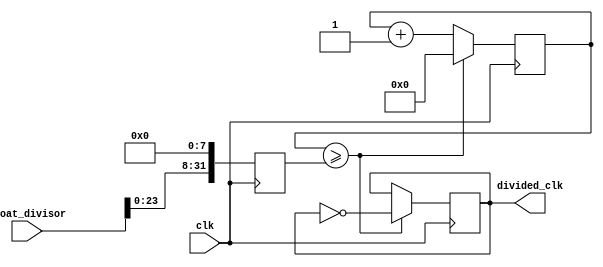
module floating_point_clock_divider (
    input wire clk,
    input wire [31:0] float_divisor,
    output reg divided_clk
);

reg [31:0] count;
reg [31:0] scaled_divisor;

always @(posedge clk) begin
    // Scale floating point divisor to integer value
    scaled_divisor <= float_divisor << 8; // Shift left by 8 bits for fractional part
    
    if (count >= scaled_divisor) begin
        divided_clk <= ~divided_clk;
        count <= 0;
    end else begin
        count <= count + 1;
    end
end

endmodule